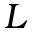
L